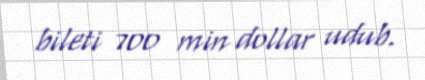
bileti 700 min dollar udub.